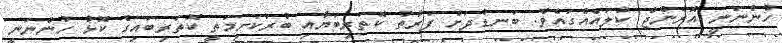
ހުންނަނީ އޮރެންޖް ކުލައެއްގައެވެ. ބަނޑުދަށް ފަރާތު ކޮތަރިބަޔާއި ބުރަކަށިމަތީ ކޮތަރިބައިގެ ކޮޅު ހުންނަނީ